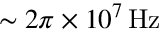
\sim 2 \pi \times 1 0 ^ { 7 } \, \mathrm { H z }